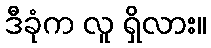
ဒီခုံက လူ ရှိလား။